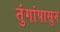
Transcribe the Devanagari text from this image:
तुंगांपासून